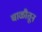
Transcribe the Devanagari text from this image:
चाळीतून